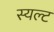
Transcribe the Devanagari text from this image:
स्यल्ट